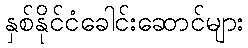
နှစ်နိုင်ငံခေါင်းဆောင်များ